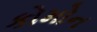
કોમોન